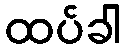
ထပ်ခါ